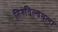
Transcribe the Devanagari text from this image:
तिरुविल्वमला